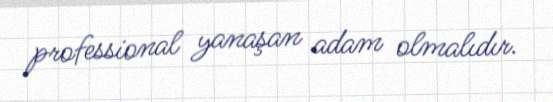
professional yanaşan adam olmalıdır.